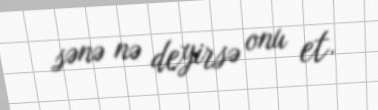
sənə nə deyirsə onu et.